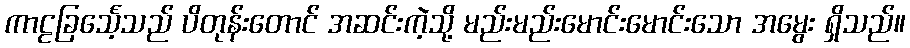
ကာဠခြင်္သေ့သည် ပိတုန်းတောင် အဆင်းကဲ့သို့ မည်းမည်းမောင်းမောင်းသော အမွေး ရှိသည်။